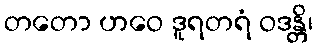
တတော ဟဝေ ဒူရတရံ ဝဒန္တိ၊